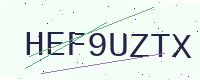
Text: HEF9UZTX